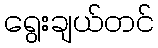
ရွေးချယ်တင်